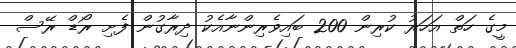
މީގެ ހަތް އަހަރު ކުރިން 200 ބައިވެރިންނާއެކު ދިރާގުން ފެށި ރޯޑް ރޭސް